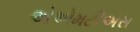
એએમટીએસ